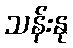
သန်းနု